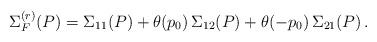
LaTeX: \begin{align*}\Sigma_F^{(r)} (P) = \Sigma_{1 1} (P) + \theta (p_0) \, \Sigma_{1 2} (P) + \theta (- p_0) \, \Sigma_{2 1} (P) \, . \end{align*}